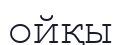
ойқы